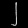
Digit: ၂